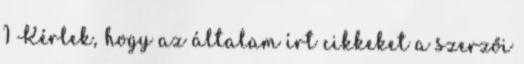
1 Kérlek, hogy az általam írt cikkeket a szerzői